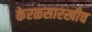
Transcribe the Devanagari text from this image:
केरळसारखीच